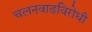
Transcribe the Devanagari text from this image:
चलनवाढविरोधी